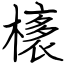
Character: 橠